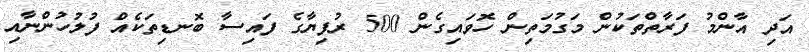
އަދި އާންމު ފަރާތްތަކުން މަގުމަތިން ހޮވައިގެން 500 ރުފިޔާގެ ފައިސާ ބޮނޑިތަކެއް ފުލުހުންނާއި